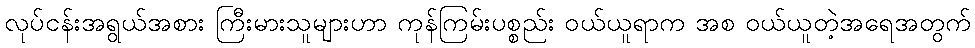
လုပ်ငန်းအရွယ်အစား ကြီးမားသူများဟာ ကုန်ကြမ်းပစ္စည်း ဝယ်ယူရာက အစ ဝယ်ယူတဲ့အရေအတွက်